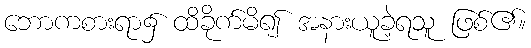
ဘောကစားရာ၌ ထိခိုက်မိ၍ အနားယူခဲ့ရသူ ဖြစ်၏။